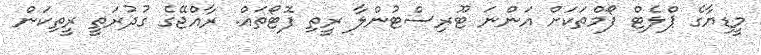
މީޑިޔާގެ ޕްލެޓް ފޯމްތަކަށް އަންނަ ޓޫރިސްޓުންލާ ރީތި ފޮޓޯތައް. ރާއްޖޭގެ ގުދުރަތީ ރީތިކަން